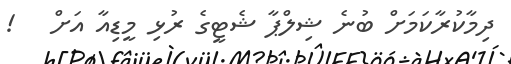
ދިމާކުރާކަމަށް ބުނެ ޝިލްޕާ ޝެޓީގެ ރުޅި މީޑިއާ އަށް   !